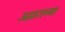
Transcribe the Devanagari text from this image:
उद्धाराच्या